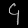
Digit: ၄